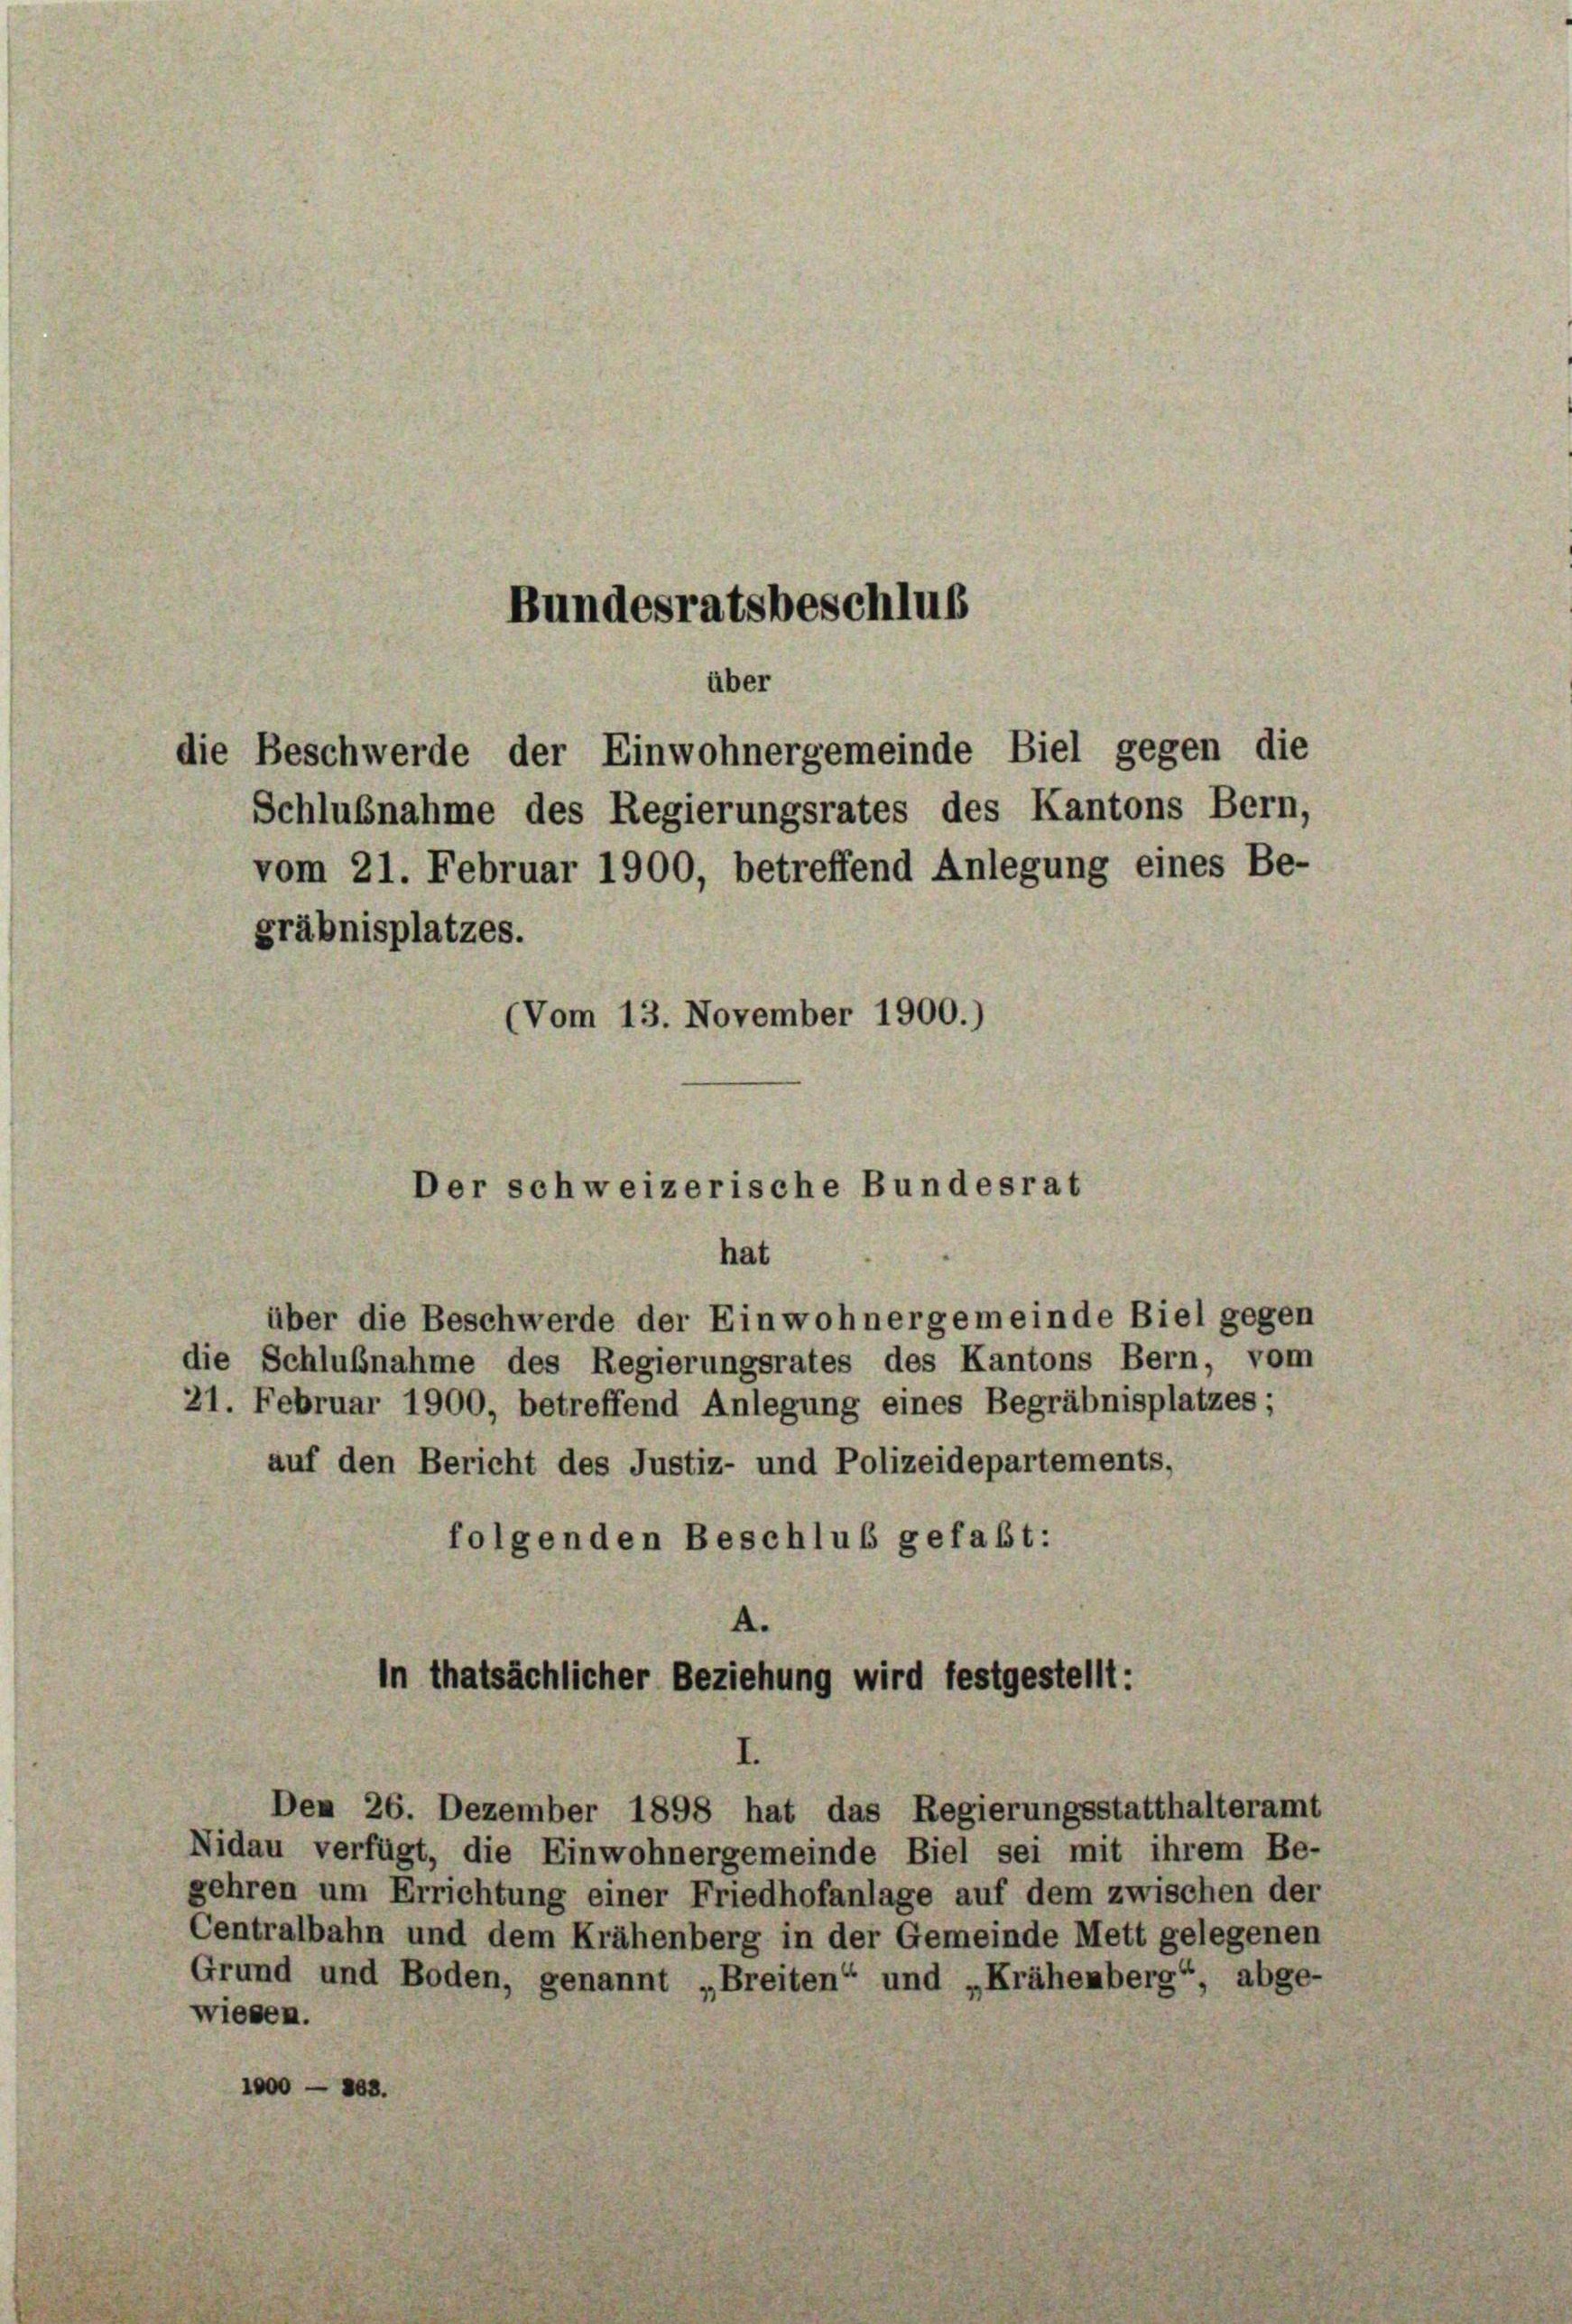
Bundesratsbeschlus
über
die Beschwerde der Einwohnergemeinde Biel gegen die

Schlußnahme des Regierungsrates des Kantons Bern,
vom 21. Februar 1900, betreffend Anlegung eines Be-
gräbnisplatzes.

(Vom 13. November 1900.)

Der schweizerische Bundesrat
hat

A.
In thatsächlicher Beziehung wird festgestellt:

über die Beschwerde der Einwohnergemeinde Biel gegen
die Schlußnahme des Regierungsrates des Kantons Bern, vom
21. Februar 1900, betreffend Anlegung eines Begräbnisplatzes;
auf den Bericht des Justiz- und Polizeidepartements,
folgenden Beschluß gefaßt:

Den 26. Dezember 1898 hat das Regierungsstatthalteramt
Nidau verfügt, die Einwohnergemeinde Biel sei mit ihrem Be-
gehren um Errichtung einer Friedhofanlage auf dem zwischen der
Centralbahn und dem Krähenberg in der Gemeinde Mett gelegenen
Grund und Boden, genannt „Breiten“ und „Krähenberg“, abge-
wiesen.
1000 — 103.